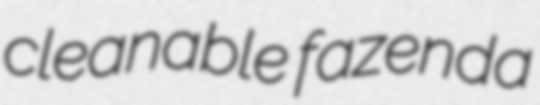
cleanable fazenda